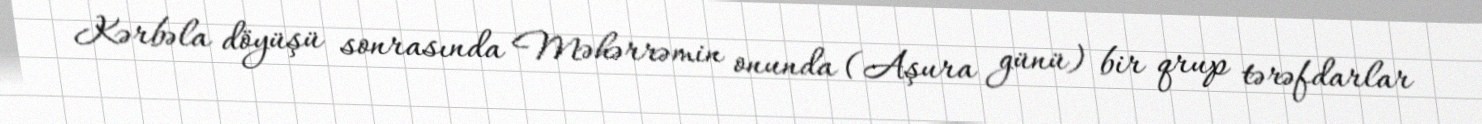
Kərbəla döyüşü sonrasında Məhərrəmin onunda (Aşura günü) bir qrup tərəfdarlar